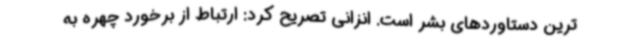
ترین دستاوردهای بشر است. انزانی تصریح کرد: ارتباط از برخورد چهره به